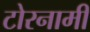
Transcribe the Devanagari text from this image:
टोरनामी